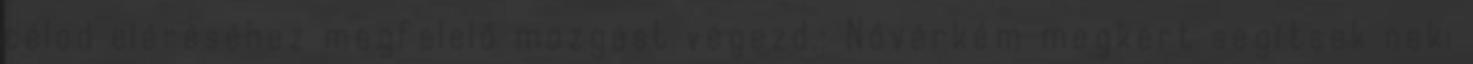
célod eléréséhez megfelelő mozgást végezd.: Nővérkém megkért segítsek neki